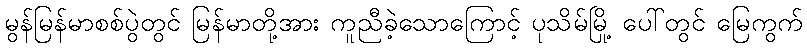
မွန်မြန်မာစစ်ပွဲတွင် မြန်မာတို့အား ကူညီခဲ့သောကြောင့် ပုသိမ်မြို့ ပေါ်တွင် မြေကွက်